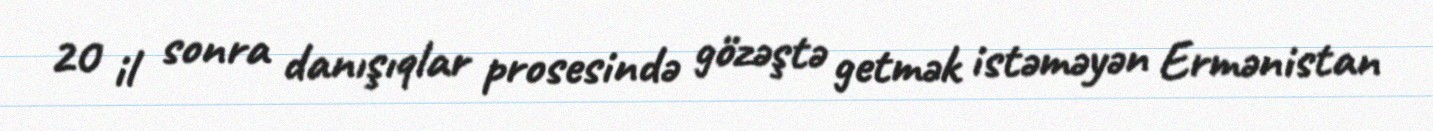
20 il sonra danışıqlar prosesində gözəştə getmək istəməyən Ermənistan